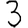
Digit: 3